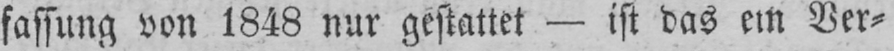
fassung von 1848 nur gestattet - ist das ein Ver⸗